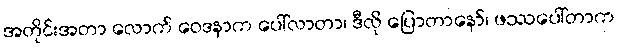
အတိုင်းအတာ လောက် ဝေဒနာက ပေါ်လာတာ၊ ဒီလို ပြောတာနော်၊ ဖဿပေါ်တာက